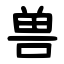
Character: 兽